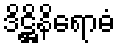
ဒိဋ္ဌိနိရောဓံ